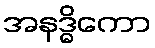
အနဒ္ဓိကော